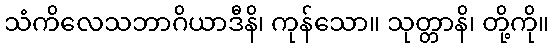
သံကိလေသဘာဂိယာဒီနိ၊ ကုန်သော။ သုတ္တာနိ၊ တို့ကို။